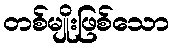
တစ်မျိုးဖြစ်သော